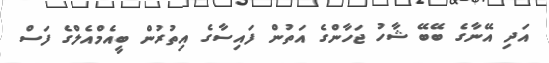
އަދި އޭނާގެ ބޭބޭ ޝާހު ޖަހާންގެ އަތުން ފައިސާގެ އިތުރުން ބީއެމްއެލްގެ ފަސް